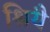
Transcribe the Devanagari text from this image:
श्रियै